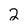
Character: 2